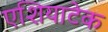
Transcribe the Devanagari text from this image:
एशियाटेक